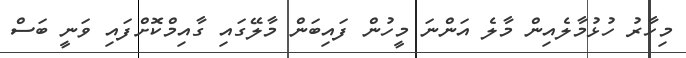
މިހާރު ހުޅުމާލެއިން މާލެ އަންނަ މީހުން ފައިބަން މާލޭގައި ގާއިމްކޮށްފައި ވަނީ ބަސް